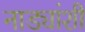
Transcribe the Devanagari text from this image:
नाड्यांशी